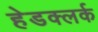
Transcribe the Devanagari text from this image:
हेडक्लर्क